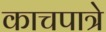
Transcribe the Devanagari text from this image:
काचपात्रे